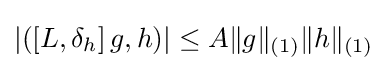
\left|\left(\left[L,\delta _{h}\right]g,h\right)\right|\leq A\|g\|_{(1)}\|h\|_{(1)}